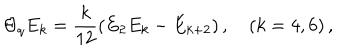
\Theta _ { q } E _ { k } = \frac { k } { 1 2 } ( E _ { 2 } E _ { k } - E _ { k + 2 } ) \, , \quad ( k = 4 , 6 ) \, ,